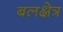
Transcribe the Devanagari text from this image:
बलक्षेत्र